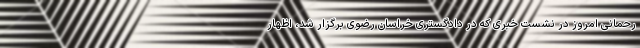
رحمانی امروز در نشست خبری که در دادگستری خراسان رضوی برگزار شد، اظهار